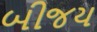
બીજય